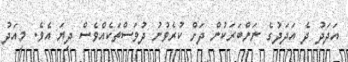
އަދަދު ދެ އަދަދުގެ ނަންބަރަކުން ދަށް ކުރެވުނު ދުވަސްތަކެއްވެސް ދިޔަ އެވެ. މިއަދު